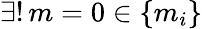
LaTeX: \exists!\, m=0\in\{ m_{i}\}